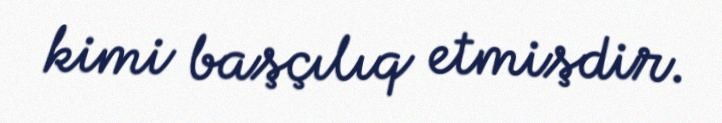
kimi başçılıq etmişdir.